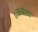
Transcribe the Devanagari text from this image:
॥अबला